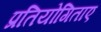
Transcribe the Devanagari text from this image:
प्रतियोगिताए